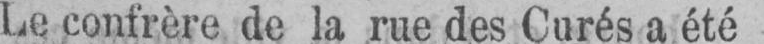
Le confrère de la rue des Curés a été